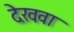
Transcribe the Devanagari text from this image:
देखवा